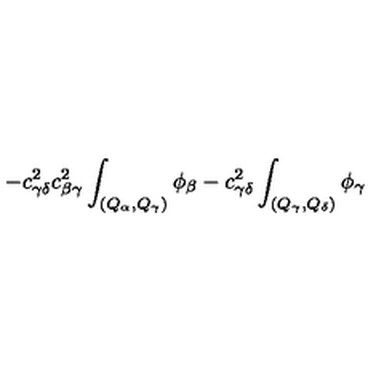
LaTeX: - c _ { \gamma \delta } ^ { 2 } c _ { \beta \gamma } ^ { 2 } \int _ { ( Q _ { \alpha } , Q _ { \gamma } ) } \phi _ { \beta } - c _ { \gamma \delta } ^ { 2 } \int _ { ( Q _ { \gamma } , Q _ { \delta } ) } \phi _ { \gamma }